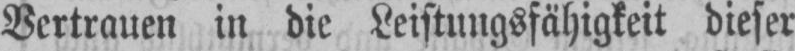
Vertrauen in die Leistungsfähigkeit dieser